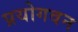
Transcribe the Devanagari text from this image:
प्रयोगवन